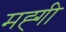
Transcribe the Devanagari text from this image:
मह्गी